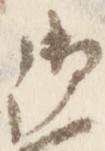
御